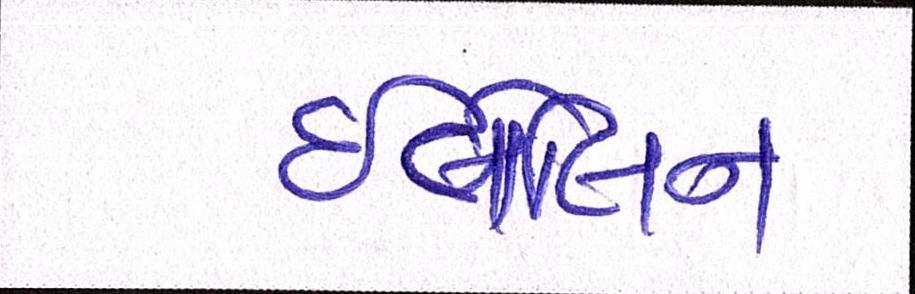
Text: ઇવેલિન